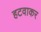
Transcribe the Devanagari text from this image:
हटवाकर